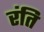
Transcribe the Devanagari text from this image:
रंति